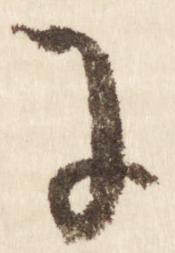
に